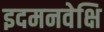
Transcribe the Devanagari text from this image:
इदमनवेक्षि